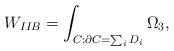
LaTeX: \begin{align*}W_{IIB}=\int_{C:\partial C=\sum_i D_i}\Omega_3,\end{align*}